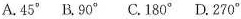
A.45°B.90°C.180°D.270°